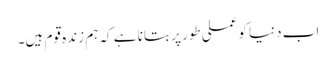
اب دنیا کوعملی طور پر بتانا ہے کہ ہم زندہ قوم ہیں۔